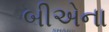
બીએના